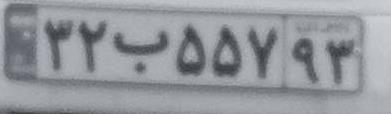
۳۲ب۵۵۷۹۳